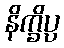
နိက္ခိပ္ပ